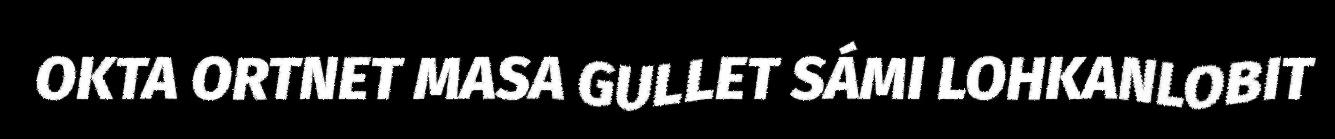
OKTA ORTNET MASA GULLET SÁMI LOHKANLOBIT